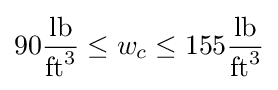
90{\frac {\textrm {lb}}{{\textrm {ft}}^{3}}}\leq w_{c}\leq 155{\frac {\textrm {lb}}{{\textrm {ft}}^{3}}}